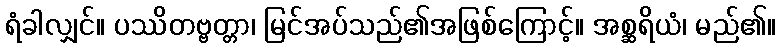
ရံခါလျှင်။ ပဿိတဗ္ဗတ္တာ၊ မြင်အပ်သည်၏အဖြစ်ကြောင့်။ အစ္ဆရိယံ၊ မည်၏။